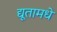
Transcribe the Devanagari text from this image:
द्यूतामधे